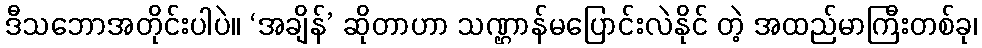
ဒီသဘောအတိုင်းပါပဲ။ ‘အချိန်’ ဆိုတာဟာ သဏ္ဌာန်မပြောင်းလဲနိုင် တဲ့ အထည်မာကြီးတစ်ခု၊